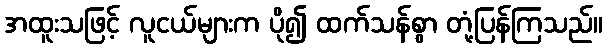
အထူးသဖြင့် လူငယ်များက ပို၍ ထက်သန်စွာ တုံ့ပြန်ကြသည်။